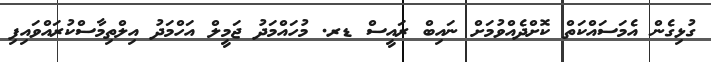
ގުޅިގެން އެމަސައްކަތް ކޮށްދެއްވުމަށް ނައިބް ރައީސް ޑރ. މުހައްމަދު ޖަމީލް އަހްމަދު އިލްތިމާސްކުރައްވައިފި